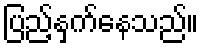
ပြည့်နှက်နေသည်။